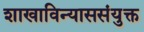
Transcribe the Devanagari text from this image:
शाखाविन्याससंयुक्त